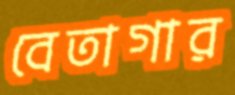
বেতাগার